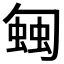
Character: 𧍀